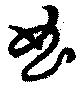
曲